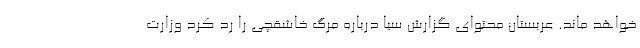
خواهد ماند. عربستان محتوای گزارش سیا درباره مرگ خاشقچی را رد کرد وزارت